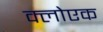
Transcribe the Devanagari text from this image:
क्लोएक